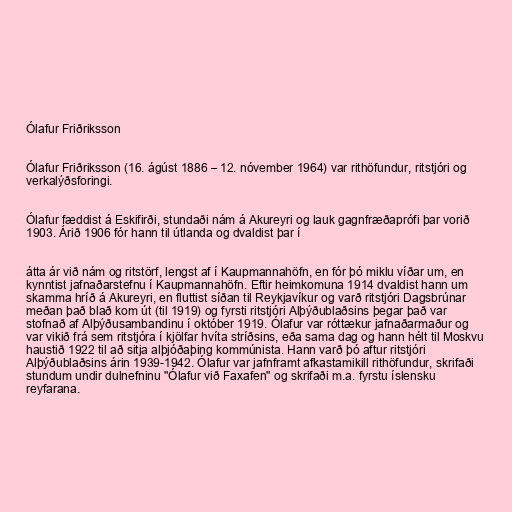
Ólafur Friðriksson

Ólafur Friðriksson (16. ágúst 1886 – 12. nóvember 1964) var rithöfundur, ritstjóri og
verkalýðsforingi.

Ólafur fæddist á Eskifirði, stundaði nám á Akureyri og lauk gagnfræðaprófi þar vorið
1903. Árið 1906 fór hann til útlanda og dvaldist þar í

átta ár við nám og ritstörf, lengst af í Kaupmannahöfn, en fór þó miklu víðar um, en
kynntist jafnaðarstefnu í Kaupmannahöfn. Eftir heimkomuna 1914 dvaldist hann um
skamma hríð á Akureyri, en fluttist síðan til Reykjavíkur og varð ritstjóri Dagsbrúnar
meðan það blað kom út (til 1919) og fyrsti ritstjóri Alþýðublaðsins þegar það var
stofnað af Alþýðusambandinu í október 1919. Ólafur var róttækur jafnaðarmaður og
var vikið frá sem ritstjóra í kjölfar hvíta stríðsins, eða sama dag og hann hélt til Moskvu
haustið 1922 til að sitja alþjóðaþing kommúnista. Hann varð þó aftur ritstjóri
Alþýðublaðsins árin 1939-1942. Ólafur var jafnframt afkastamikill rithöfundur, skrifaði
stundum undir dulnefninu "Ólafur við Faxafen" og skrifaði m.a. fyrstu íslensku
reyfarana.